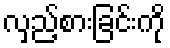
လှည့်စားခြင်းကို